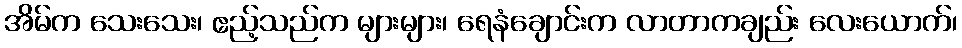
အိမ်က သေးသေး၊ ဧည့်သည်က များများ၊ ရေနံချောင်းက လာတာကချည်း လေးယောက်၊